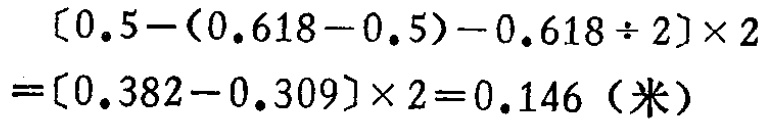
\[

\begin{align*}

&[0.5-(0.618 - 0.5)-0.618\div2]\times2\\

=&[0.382 - 0.309]\times2=0.146 \text{（米）}

\end{align*}

\]